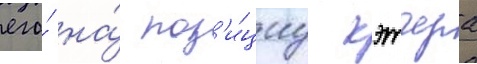
его́ на́ поз'и́циу кэтчера